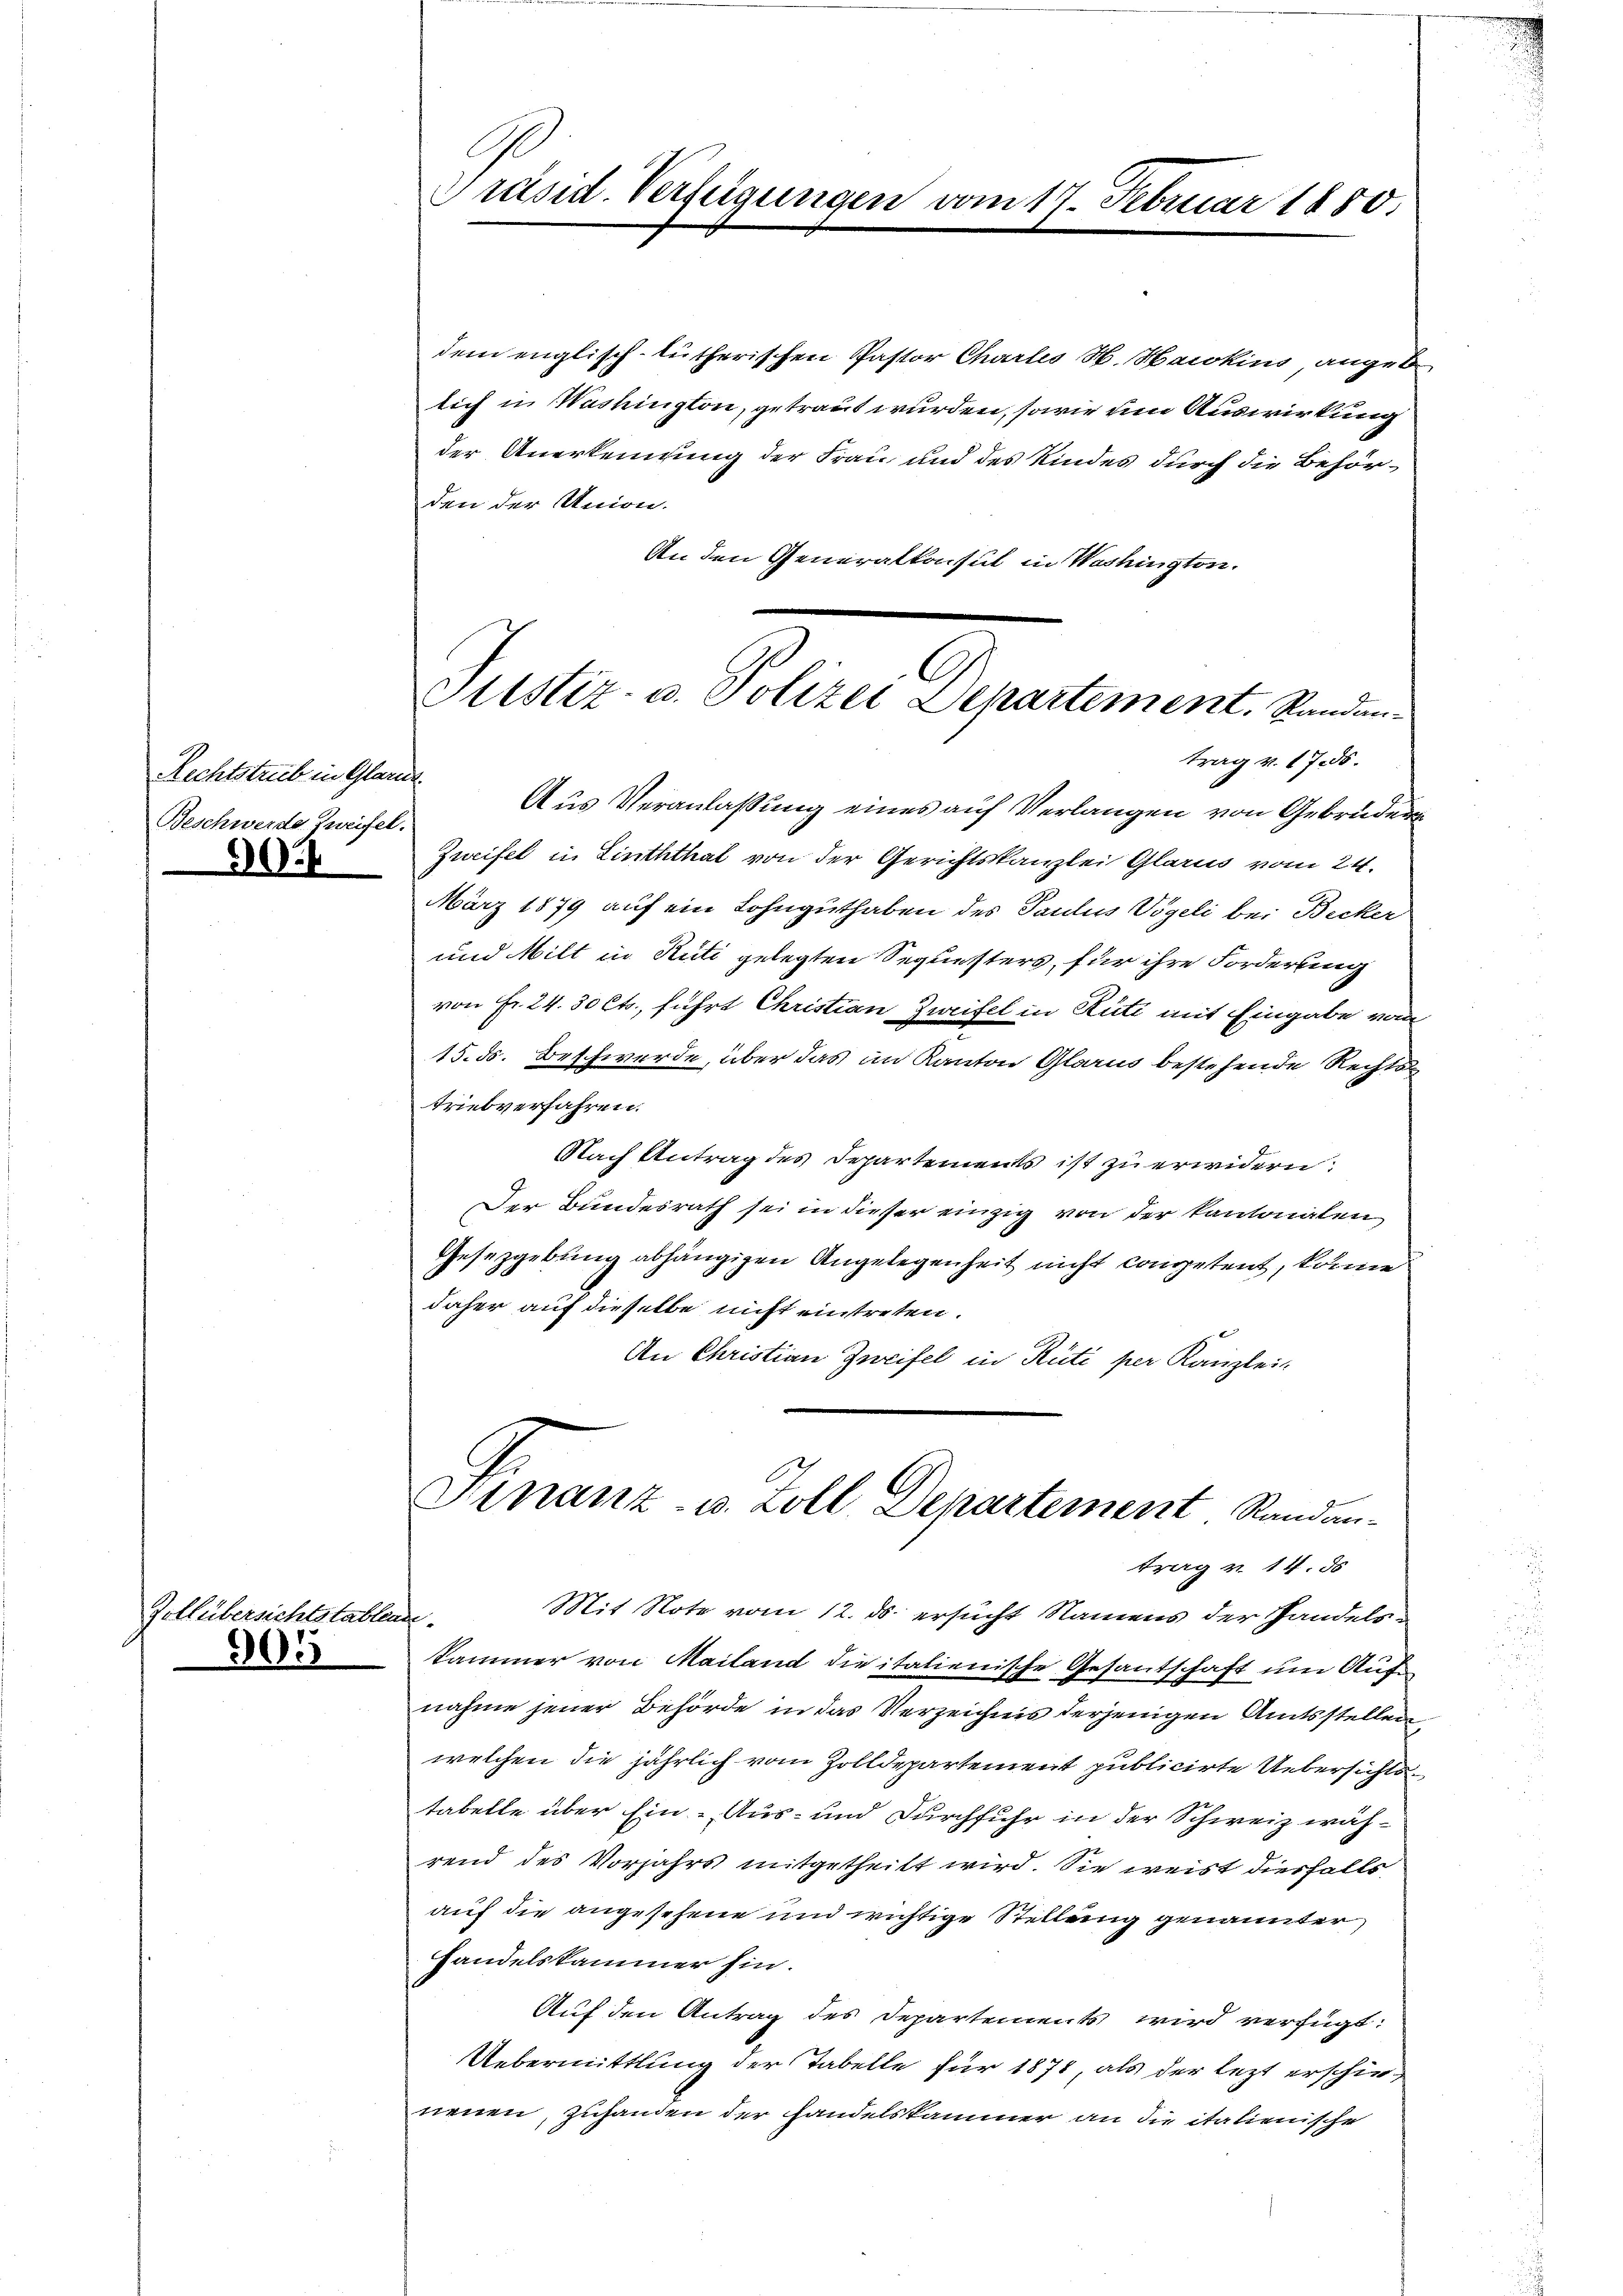
Rechtstrub in Glarus.
Beschwerde Zweifel.
3024

Zollübersichtstablende.
905

Präsid. Verfügungen vom 17. Februar 1850.

Justiz- u. Polizei Departement. Standantrag v. 1785.

dem englisch-lutherischen Pastor Charlis H. Haikins, angeb
lich in Washington, getraut wurden, sowie um Auswirkung
der Anerkennung der Frau und des Kindes durch die Behör-
den der Union.
An den Generalkonsul in Washington.
Aus Veranlaßung eines auf Verlangen von Gebrüder
Zweifel in Linththal von der Gerichtskanzlei Glarus vom 24.
März 1879 auf ein Lohnguthaben des Paulus Vögeli bei Becker
und Milt in Rüti gelegten Sequesters, für ihre Forderung
von Fr. 24. 30 Cts., führt Christian Zweifel in Rüti mit Eingabe vom
15. ds. Beschwerde, über das im Kanton Glarus bestehende Rechts-
triebverfahren.
Nach Antrag des Departements ist zu erwidern:
Der Bundesrath sei in dieser einzig von der kantonalen
Gesetzgebung abhängigen Angelegenheit nicht competent, könne
daher auf dieselbe nicht eintreten.
An Christian Zweifel in Rüti per Kanzlei-
Finanz- u. Zoll Departement. Randan-
trag v. 14. 55
Mit Note vom 12. ds. ersucht Namens der Handels-
Sammer von Mailand die italienische Gesantschaft um Aufnahme jener Behörde in das Verzeichnis derjenigen Amtsstellen,
welchen die jährlich von Zolldepartement publicirte Uebersichtstabelle über Ein - Aus- und Durchfuhr in der Schweiz wäh-
rend des Vorjahrs mitgetheilt wird. Sie weist diesfalls
auf die angesehene und wichtige Stellung genannter
Handelskammer hin.
Auf den Antrag des Departements wird verfügt:
Uebermittlung der Tabelle für 1871, als der lezt erschied
neuen, Zuhanden der Handelskammer an die italienische